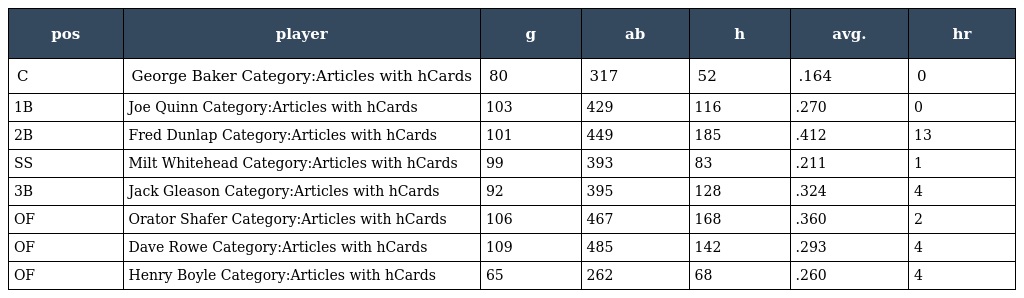
| pos | player | g | ab | h | avg. | hr |
 | --- | --- | --- | --- | --- | --- | --- |
 | C | George Baker Category:Articles with hCards | 80 | 317 | 52 | .164 | 0 |
 | 1B | Joe Quinn Category:Articles with hCards | 103 | 429 | 116 | .270 | 0 |
 | 2B | Fred Dunlap Category:Articles with hCards | 101 | 449 | 185 | .412 | 13 |
 | SS | Milt Whitehead Category:Articles with hCards | 99 | 393 | 83 | .211 | 1 |
 | 3B | Jack Gleason Category:Articles with hCards | 92 | 395 | 128 | .324 | 4 |
 | OF | Orator Shafer Category:Articles with hCards | 106 | 467 | 168 | .360 | 2 |
 | OF | Dave Rowe Category:Articles with hCards | 109 | 485 | 142 | .293 | 4 |
 | OF | Henry Boyle Category:Articles with hCards | 65 | 262 | 68 | .260 | 4 |